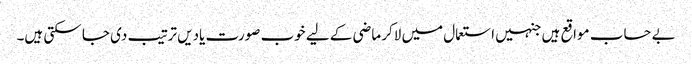
بے حساب مواقع ہیں جنہیں استعمال میں لاکر ماضی کے لیے خوب صورت یادیں ترتیب دی جا سکتی ہیں۔